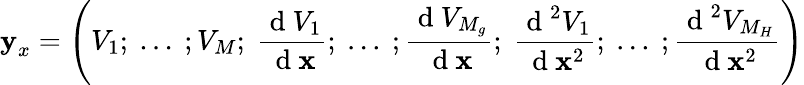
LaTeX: \textbf{y}_{x}=\left(V_{1};~...~;V_{M};~\frac{\mathrm{~d~}V_{1}}{\mathrm{~d~}\textbf{x}};~...~;\frac{\mathrm{~d~}V_{M_{g}}}{\mathrm{~d~}\textbf{x}};~\frac{\mathrm{~d~}^{2}V_{1}}{\mathrm{~d~}\textbf{x}^{2}};~...~;\frac{\mathrm{~d~}^{2}V_{M_{H}}}{\mathrm{~d~}\textbf{x}^{2}}\right)